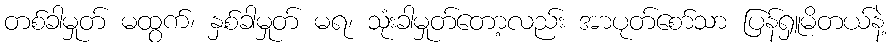
တစ်ခါမှုတ် မထွက်၊ နှစ်ခါမှုတ် မရ၊ သုံးခါမှုတ်တော့လည်း အာပုတ်စော်သာ ပြန်ရှူမိတယ်နဲ့